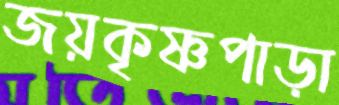
জয়কৃষ্ণপাড়া